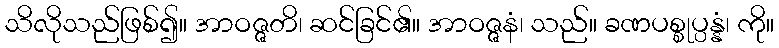
သိလိုသည်ဖြစ်၍။ အာဝဇ္ဇတိ၊ ဆင်ခြင်၏။ အာဝဇ္ဇနံ၊ သည်။ ခဏပစ္စုပ္ပန္နံ၊ ကို။